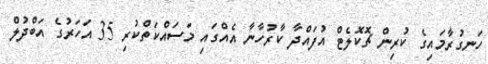
ހަނގުރާމައިގެ ކުރިން ޗޮކޮލެޓް އުފައްދާ ކާރުހާނާ އެއްގައި މަސައްކަތްކުރި 35 އަހަރުގެ އަބްދުލް